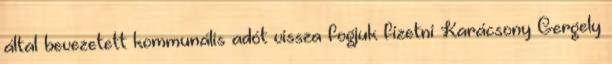
által bevezetett kommunális adót vissza fogjuk fizetni Karácsony Gergely